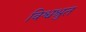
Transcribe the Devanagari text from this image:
विश्वश्रुत